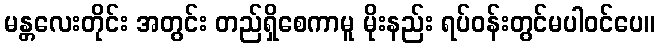
မန္တလေးတိုင်း အတွင်း တည်ရှိစေကာမူ မိုးနည်း ရပ်ဝန်းတွင်မပါဝင်ပေ။